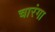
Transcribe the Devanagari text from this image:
चारंगा